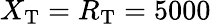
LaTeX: X_{\mathrm{T}}=R_{\mathrm{T}}=5000